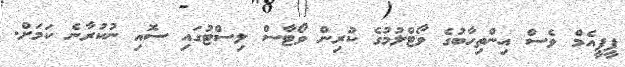
ޕީޕީއެމް ވެސް އިންތިހާބުގެ ވޯޓްލުމުގެ ކުރިން ވޯޓާސް ލިސްޓުގައި ސޮއި ނުކުރާނެ ކަމަށް.